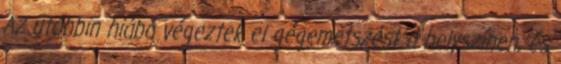
Az utóbbin hiába végeztek el gégemetszést a helyszínen, és